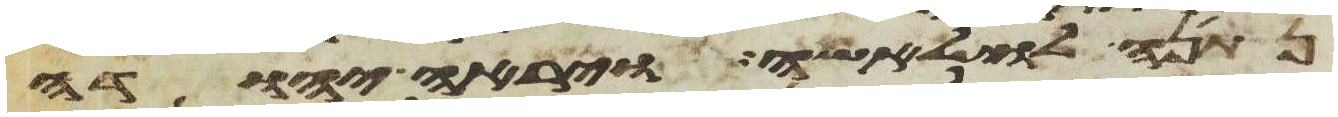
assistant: נתנה לו לאשה ויראה יהודה